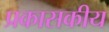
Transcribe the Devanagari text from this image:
प्रकासकीय